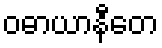
ဝဓာယာနီတေ